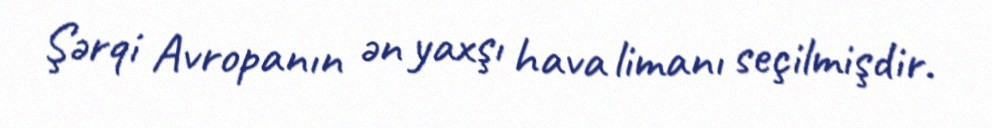
Şərqi Avropanın ən yaxşı hava limanı seçilmişdir.